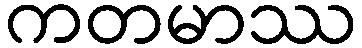
ကတမာဿ